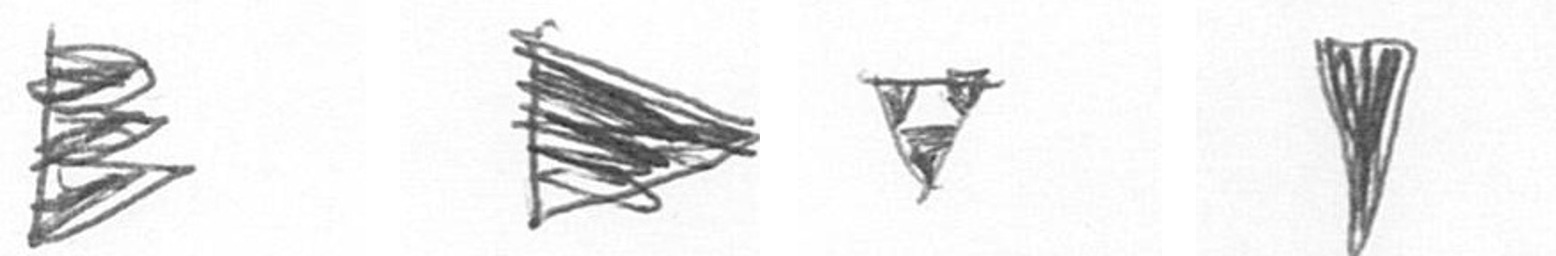
H T S J